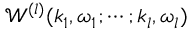
\mathscr { W } ^ { ( l ) } ( \boldsymbol { k } _ { 1 } , \omega _ { 1 } ; \cdots ; \boldsymbol { k } _ { l } , \omega _ { l } )